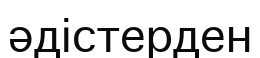
әдістерден